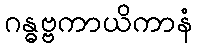
ဂန္ဓဗ္ဗကာယိကာနံ